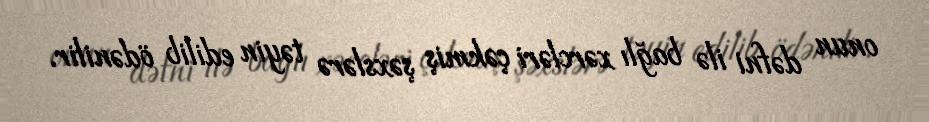
onun dəfni ilə bağlı xərcləri çəkmiş şəxslərə təyin edilib ödənilir.